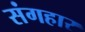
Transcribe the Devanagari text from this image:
संगहार